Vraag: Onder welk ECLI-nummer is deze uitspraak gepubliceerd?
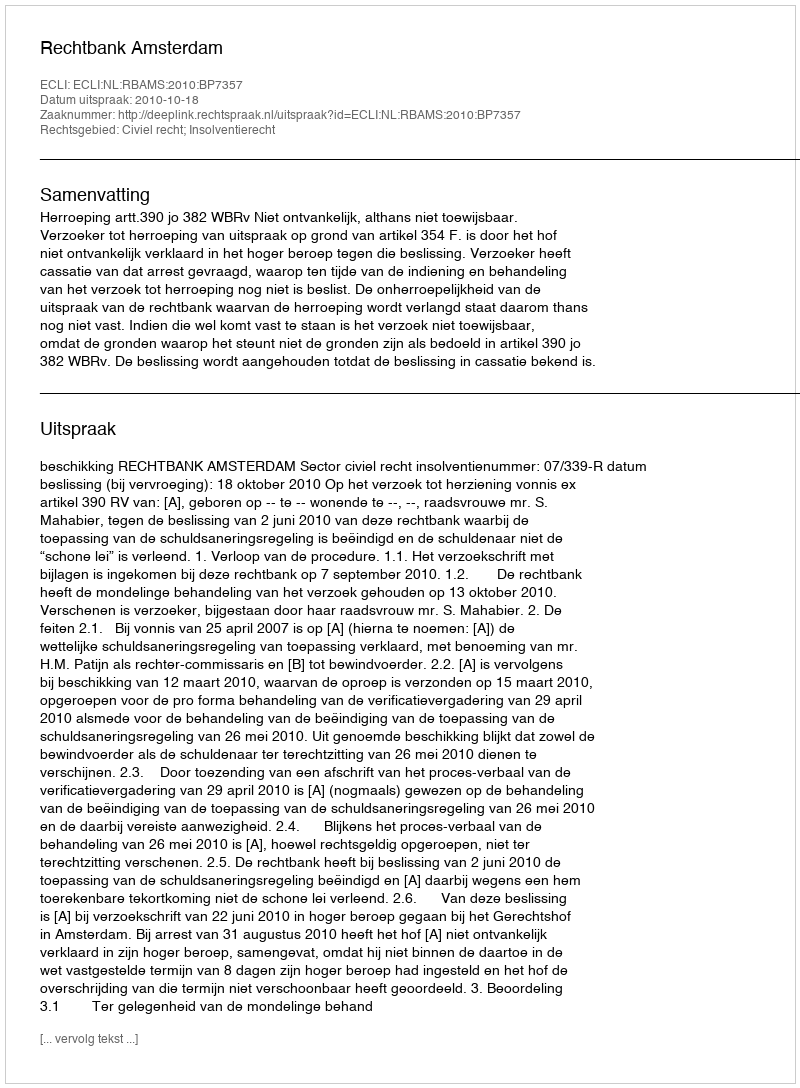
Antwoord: ECLI:NL:RBAMS:2010:BP7357